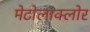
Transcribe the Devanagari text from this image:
मेटोलाक्‍लोर